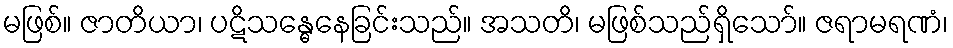
မဖြစ်။ ဇာတိယာ၊ ပဋိသန္ဓေနေခြင်းသည်။ အသတိ၊ မဖြစ်သည်ရှိသော်။ ဇရာမရဏံ၊